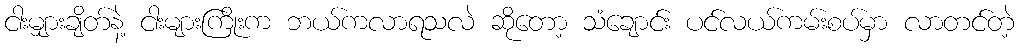
ငါးမျှားချိတ်နဲ့ ငါးများကြိုးက ဘယ်ကလာရသလဲ ဆိုတော့ သံချောင်း ပင်လယ်ကမ်းစပ်မှာ လာတင်တဲ့